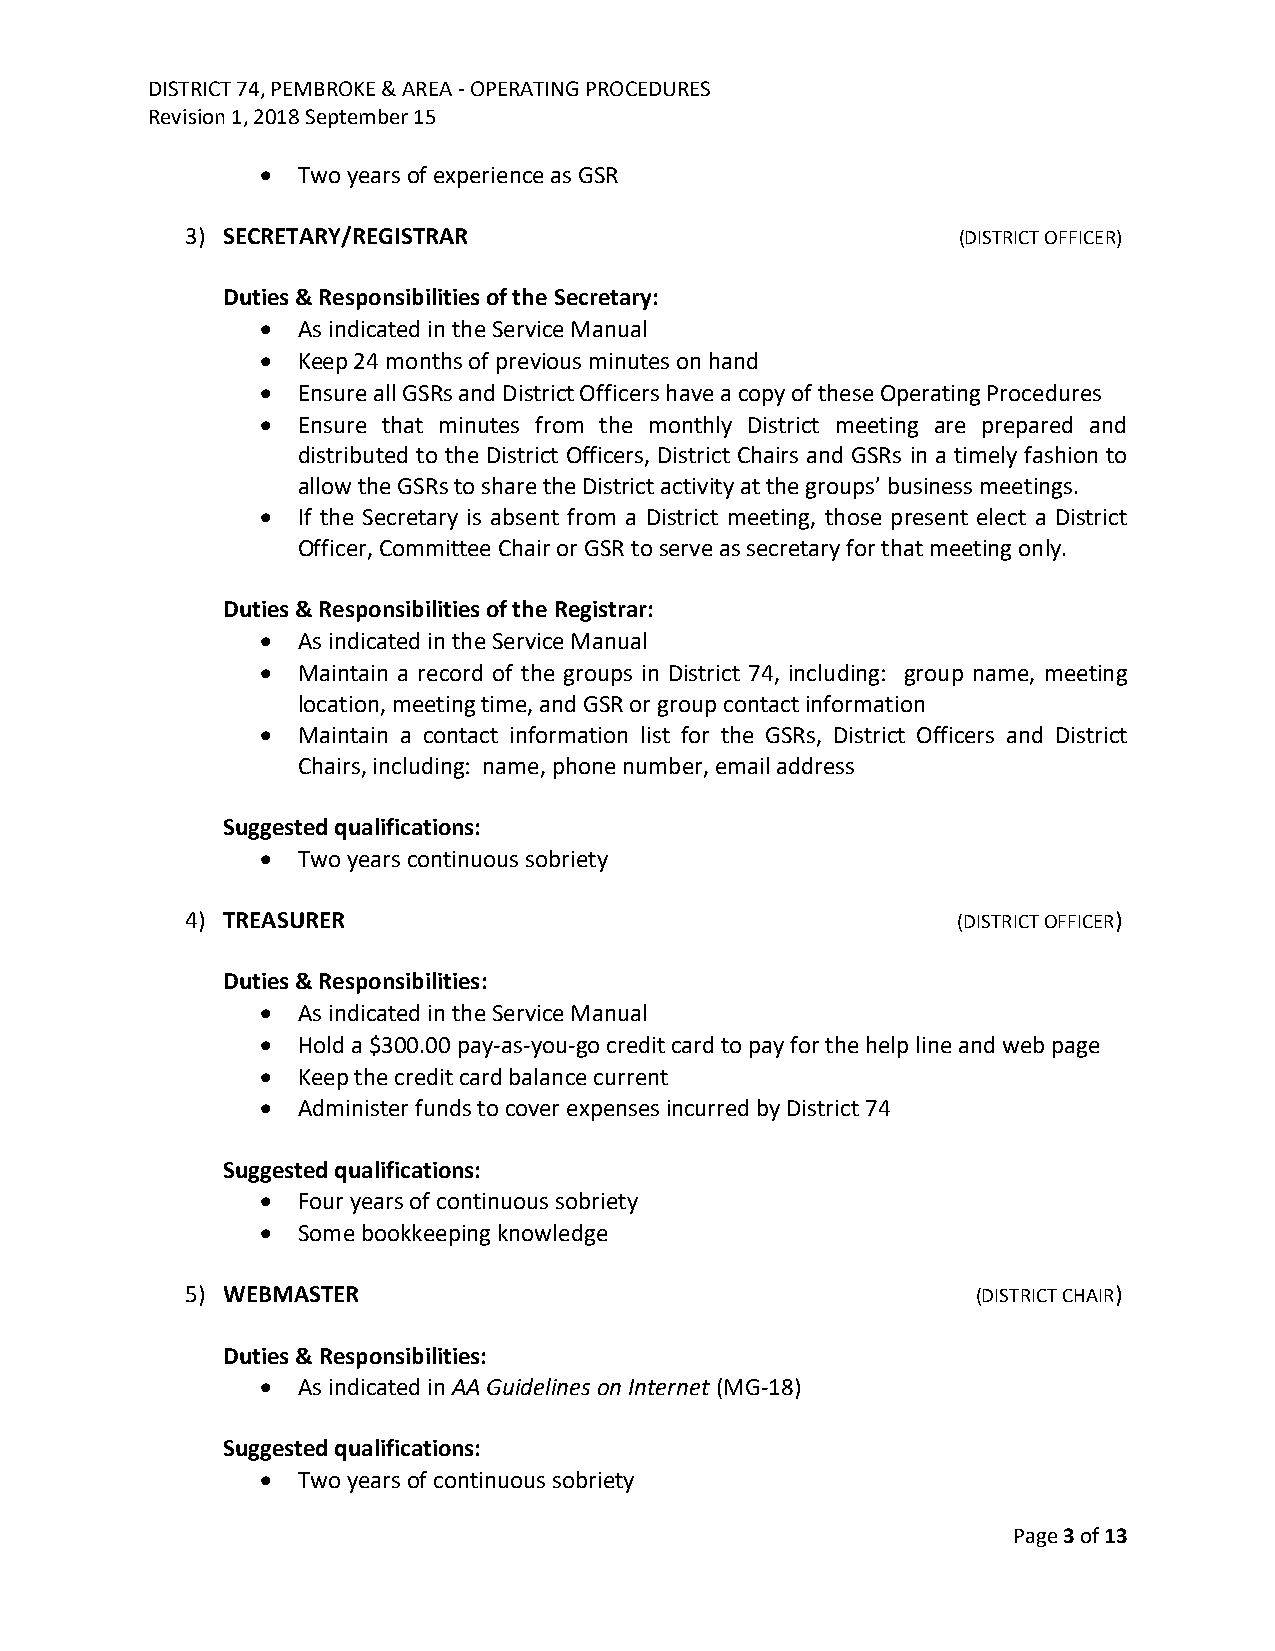
DISTRICT 74, PEMBROKE & AREA - OPERATING PROCEDURES
 Revision 1, 2018 September 15
 •  Two years of experience as GSR
 3) SECRETARY/REGISTRAR                             (DISTRICT OFFICER)
 Duties & Responsibilities of the Secretary:
 •  As indicated in the Service Manual
 •  Keep 24 months of previous minutes on hand
 •  Ensure all GSRs and District Officers have a copy of these Operating Procedures
 •  Ensure that minutes from the monthly District meeting are prepared and
 distributed to the District Officers, District Chairs and GSRs in a timely fashion to
 allow the GSRs to share the District activity at the groups’ business meetings.
 •  If the Secretary is absent from a District meeting, those present elect a District
 Officer, Committee Chair or GSR to serve as secretary for that meeting only.
 Duties & Responsibilities of the Registrar:
 •  As indicated in the Service Manual
 •  Maintain a record of the groups in District 74, including: group name, meeting
 location, meeting time, and GSR or group contact information
 •  Maintain a contact information list for the GSRs, District Officers and District
 Chairs, including: name, phone number, email address
 Suggested qualifications:
 •  Two years continuous sobriety
 4) TREASURER                                       (DISTRICT OFFICER)
 Duties & Responsibilities:
 •  As indicated in the Service Manual
 •  Hold a $300.00 pay-as-you-go credit card to pay for the help line and web page
 •  Keep the credit card balance current
 •  Administer funds to cover expenses incurred by District 74
 Suggested qualifications:
 •  Four years of continuous sobriety
 •  Some bookkeeping knowledge
 5) WEBMASTER                                         (DISTRICT CHAIR)
 Duties & Responsibilities:
 •  As indicated in AA Guidelines on Internet (MG-18)
 Suggested qualifications:
 •  Two years of continuous sobriety
 Page 3 of 13